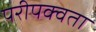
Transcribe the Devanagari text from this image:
परीपक्वता